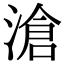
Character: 滄